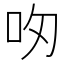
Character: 𪠴